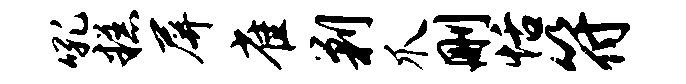
吼糕屏雀剿爪删恬符